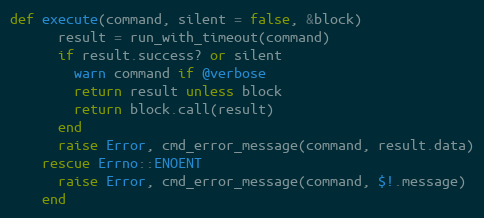
Language: Ruby
def execute(command, silent = false, &block)
      result = run_with_timeout(command)
      if result.success? or silent
        warn command if @verbose
        return result unless block
        return block.call(result)
      end
      raise Error, cmd_error_message(command, result.data)
    rescue Errno::ENOENT
      raise Error, cmd_error_message(command, $!.message)
    end